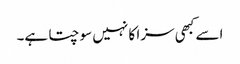
اسے کبھی سزا کا نہیں سوچتا ہے۔